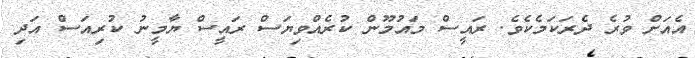
އެއަށް ވުރެ ދެރަކަމެކެވެ. ރައީސް މައުމޫން ކުރެއްވިޔަސް ރައީސް ޔާމީނު ކުރިއަސް އަދި